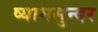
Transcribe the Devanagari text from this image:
ष्यामसुन्दर